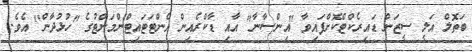
ބަތޮލް އަލީ ސީޒަން ޑައިރެކްޓްކޮށްފައިވާ "އިންސާނާ" އާއި ޑާކްރެއިން އެންޓަޓައިޓްންމަންޓުގެ "ހުޅުދާން" އެވެ.